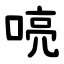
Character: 喨